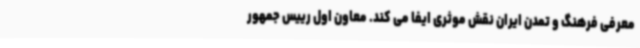
معرفی فرهنگ و تمدن ایران نقش موثری ایفا می کند. معاون اول رییس جمهور